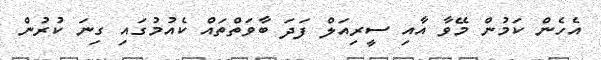
އެހެން ކަމުން މޭވާ އާއި ސީރިއަލް ފަދަ ބާވަތްތައް ކެއުމުގައި ގިނަ ކުރުން